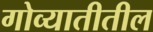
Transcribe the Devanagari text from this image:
गोव्यातीतील